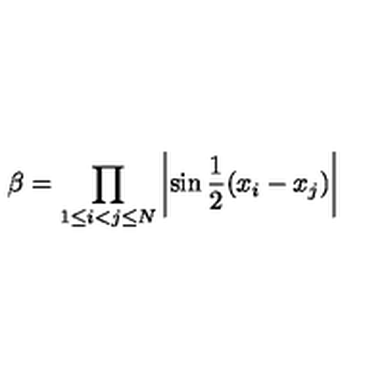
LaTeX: \beta = \prod _ { 1 \leq i < j \leq N } \left| \sin \frac { 1 } { 2 } ( x _ { i } - x _ { j } ) \right|